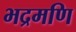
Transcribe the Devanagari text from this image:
भद्रमणि